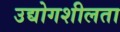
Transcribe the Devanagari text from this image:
उद्योगशीलता